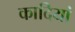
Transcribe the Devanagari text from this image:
कादियां